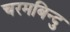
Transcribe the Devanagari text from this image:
चरमबिन्दु